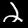
Digit: 2